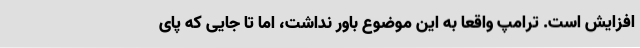
افزایش است. ترامپ واقعاً به این موضوع باور نداشت، اما تا جایی که پای